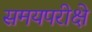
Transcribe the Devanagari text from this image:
समयपरीक्षे